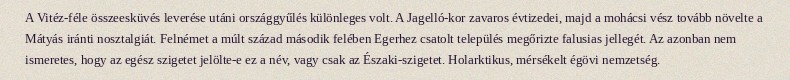
A Vitéz-féle összeesküvés leverése utáni országgyűlés különleges volt. A Jagelló-kor zavaros évtizedei, majd a mohácsi vész tovább növelte a Mátyás iránti nosztalgiát. Felnémet a múlt század második felében Egerhez csatolt település megőrizte falusias jellegét. Az azonban nem ismeretes, hogy az egész szigetet jelölte-e ez a név, vagy csak az Északi-szigetet. Holarktikus, mérsékelt égövi nemzetség.